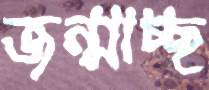
জন্মাচ্ছ